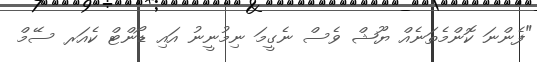
"ފެންނަ ކޮންމެތަނެއް ޔޫޝް ވެސް ނެގީމަ ނިމުނީނު އައި ޑޯންޓް ކެއަރ ސޭމް